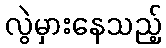
လွဲမှားနေသည့်